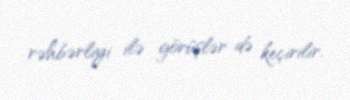
rəhbərliyi ilə görüşlər də keçirilir.